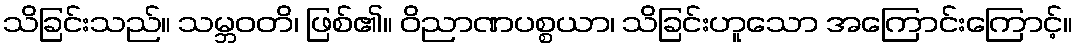
သိခြင်းသည်။ သမ္ဘဝတိ၊ ဖြစ်၏။ ဝိညာဏပစ္စယာ၊ သိခြင်းဟူသော အကြောင်းကြောင့်။